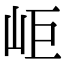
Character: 岠